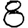
Digit: 8